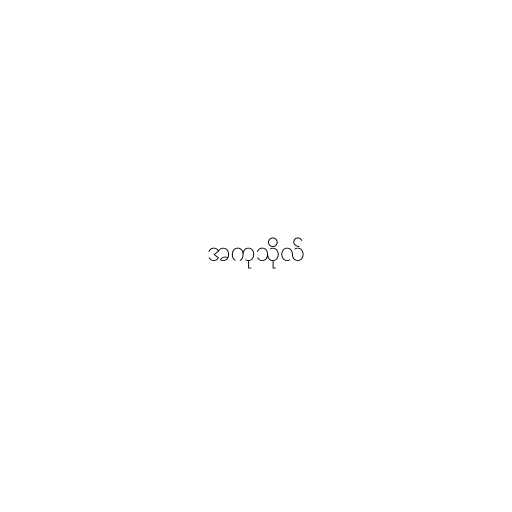
အကုသိုလ်